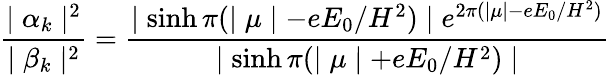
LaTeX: \frac{\mid\alpha_{k}\mid^{2}}{\mid\beta_{k}\mid^{2}}=\frac{\mid\sinh\pi(\mid\mu\mid-eE_{0}/H^{2})\mid e^{2\pi(\mid\mu\mid-eE_{0}/H^{2})}}{\mid\sinh\pi(\mid\mu\mid+eE_{0}/H^{2})\mid}